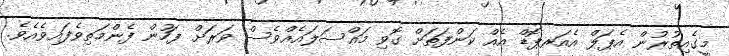
މީގެއިތުރުން އެޕަލް އެއަރޕޮޑް އެއް ކަންފަތަށް ގޮވި މައްސަލައެއްވެސް ވަރަށް ފަހުން ފެންމަތިވެފައިވެއެވެ.